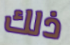
ذلك